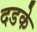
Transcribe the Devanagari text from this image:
दडके